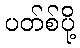
ပတ်စ်ပို့